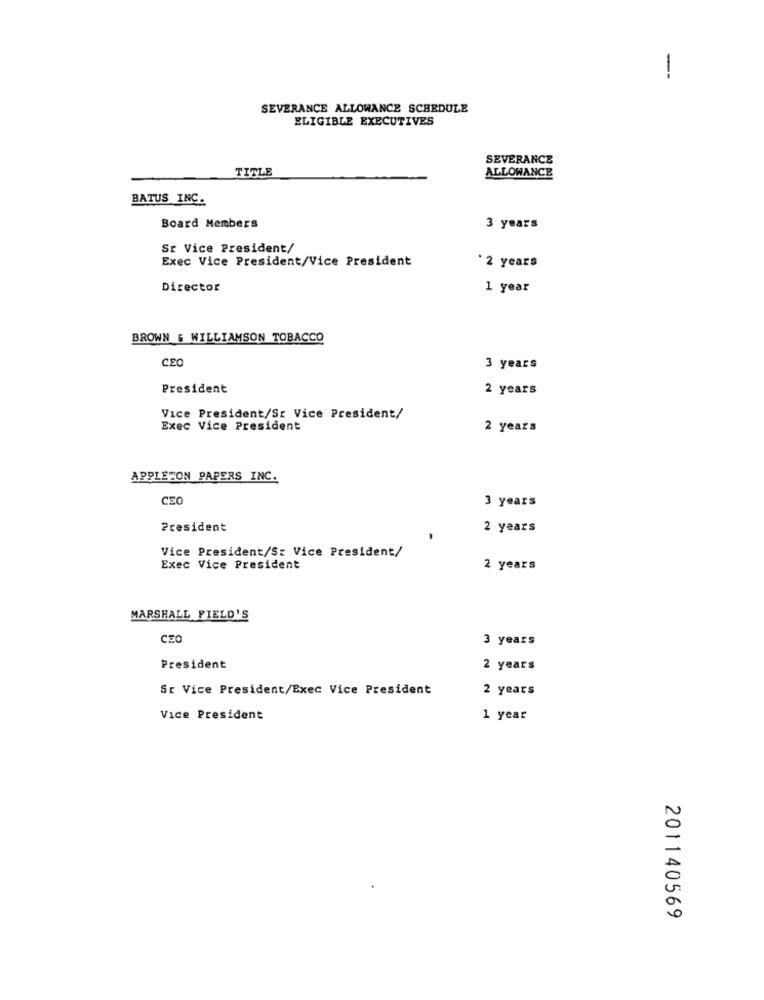
--
SEVERANCE ALLOWANCE SCHEDULE
ELIGIBLE EXECUTIVES
SEVERANCE
TITLE
ALLOWANCE
BATUS INC.
Board Members
3 years
Sr Vice President/
Exec Vice President/Vice President
'2 years
Director
1 year
BROWN & WILLIAMSON TOBACCO
CEO
3 years
President
2 years
Vice President/Sr Vice President/
Exec Vice President
2 years
APPLETON PAPERS INC.
CEO
3 years
President
2 years
Vice President/S: Vice President/
Exec Vice President
2 years
MARSHALL FIELD'S
CZO
3 years
President
2 years
SE Vice President/Exec Vice President
2 years
Vice President
1 year
201140569